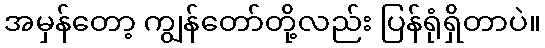
အမှန်တော့ ကျွန်တော်တို့လည်း ပြန်ရုံရှိတာပဲ။